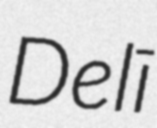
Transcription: Delī